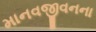
માનવજીવનના